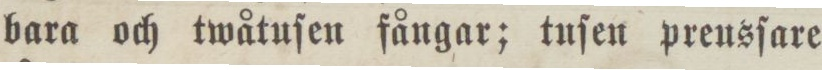
bara och twåtuſen fångar; tuſen preusſare